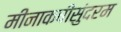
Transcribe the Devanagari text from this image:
मीनाकषीसुंदरम